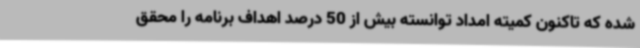
شده که تاکنون کمیته امداد توانسته بیش از 50 درصد اهداف برنامه را محقق